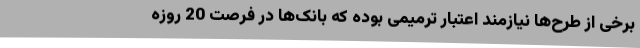
برخی از طرح‌ها نیازمند اعتبار ترمیمی بوده که بانک‌ها در فرصت 20 روزه